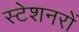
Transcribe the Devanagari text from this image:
स्टेशनरों